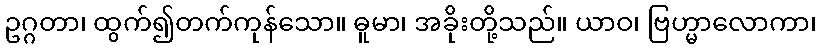
ဥဂ္ဂတာ၊ ထွက်၍တက်ကုန်သော။ ဓူမာ၊ အခိုးတို့သည်။ ယာဝ၊ ဗြဟ္မာလောကာ၊